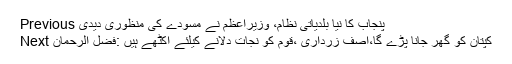
Previous پنجاب کا نیا بلدیاتی نظام، وزیراعظم نے مسودے کی منظوری دیدی
Next کپتان کو گھر جانا پڑے گا،آصف زرداری ،قوم کو نجات دلانے کیلئے اکٹھے ہیں :فضل الرحمان